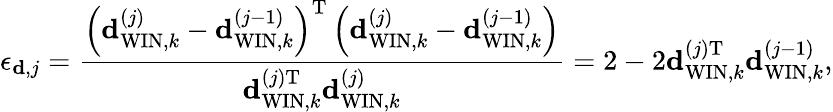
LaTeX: {\epsilon_{{\mathbf d},j}}=\frac{\left({\mathbf{d}}_{\mathrm{WIN},k}^{\left(j\right)}-{\mathbf{d}}_{\mathrm{WIN},k}^{\left(j-1\right)}\right)^{\mathrm{T}}\left({\mathbf{d}}_{\mathrm{WIN},k}^{\left(j\right)}-{\mathbf{d}}_{\mathrm{WIN},k}^{\left(j-1\right)}\right)}{{\mathbf{d}}_{\mathrm{WIN},k}^{\left(j\right)\mathrm{T}}{\mathbf{d}}_{\mathrm{WIN},k}^{\left(j\right)}}=2-2{\mathbf{d}}_{\mathrm{WIN},k}^{\left(j\right)\mathrm{T}}{{\mathbf{d}}_{\mathrm{WIN},k}^{\left(j-1\right)}},